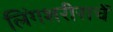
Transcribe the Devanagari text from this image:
लिंगशरीराचें